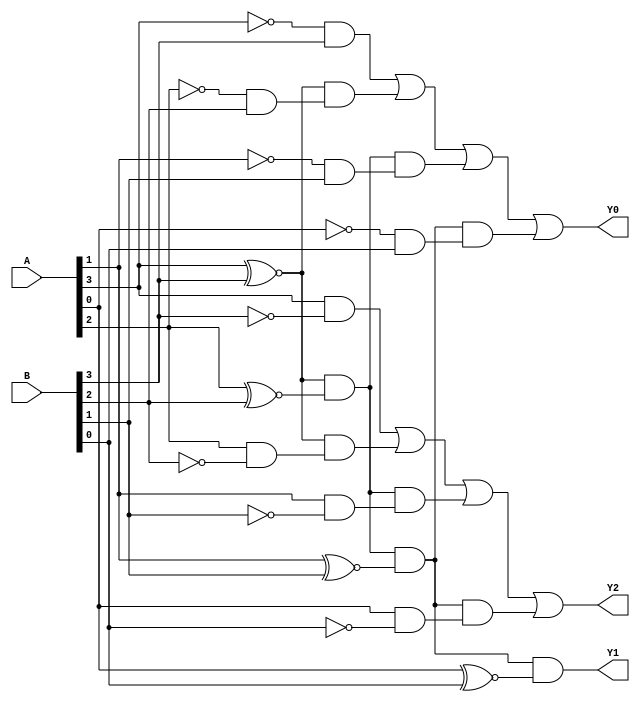
`timescale 1ns/1ns

module comparator_4(
	input		[3:0]       A   	,
	input	   [3:0]		B   	,
 
 	output	 wire		Y2    , //A>B
	output   wire        Y1    , //A=B
    output   wire        Y0      //A<B
);
  //
assign Y2=(A[3]&&!B[3])||((A[3]~^B[3])&&(A[2]&&!B[2]))||((A[3]~^B[3])&&(A[2]~^B[2])&&(A[1]&&!B[1]))||((A[3]~^B[3])&&(A[2]~^B[2])&&(A[1]~^B[1])&&(A[0]&&!B[0]));

assign Y1=(A[3]~^B[3])&&(A[2]~^B[2])&&(A[1]~^B[1])&&(A[0]~^B[0]);

assign Y0=(!A[3]&&B[3])||((A[3]~^B[3])&&(!A[2]&&B[2]))||((A[3]~^B[3])&&(A[2]~^B[2])&&(!A[1]&&B[1]))||((A[3]~^B[3])&&(A[2]~^B[2])&&(A[1]~^B[1])&&(!A[0]&&B[0]));

endmodule